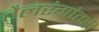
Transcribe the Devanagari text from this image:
तैलरंगांतही